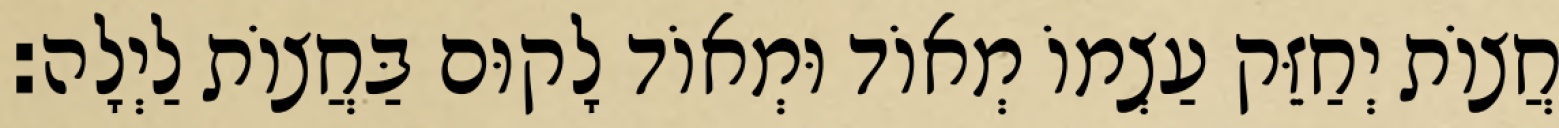
חֲצוֹת יְחַזֵּק עַצְמוֹ מְאוֹד וּמְאוֹד לָקוּם בַּחֲצוֹת לַיְלָה: